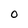
Character: O